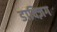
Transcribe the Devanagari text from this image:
डाक्ज़िग